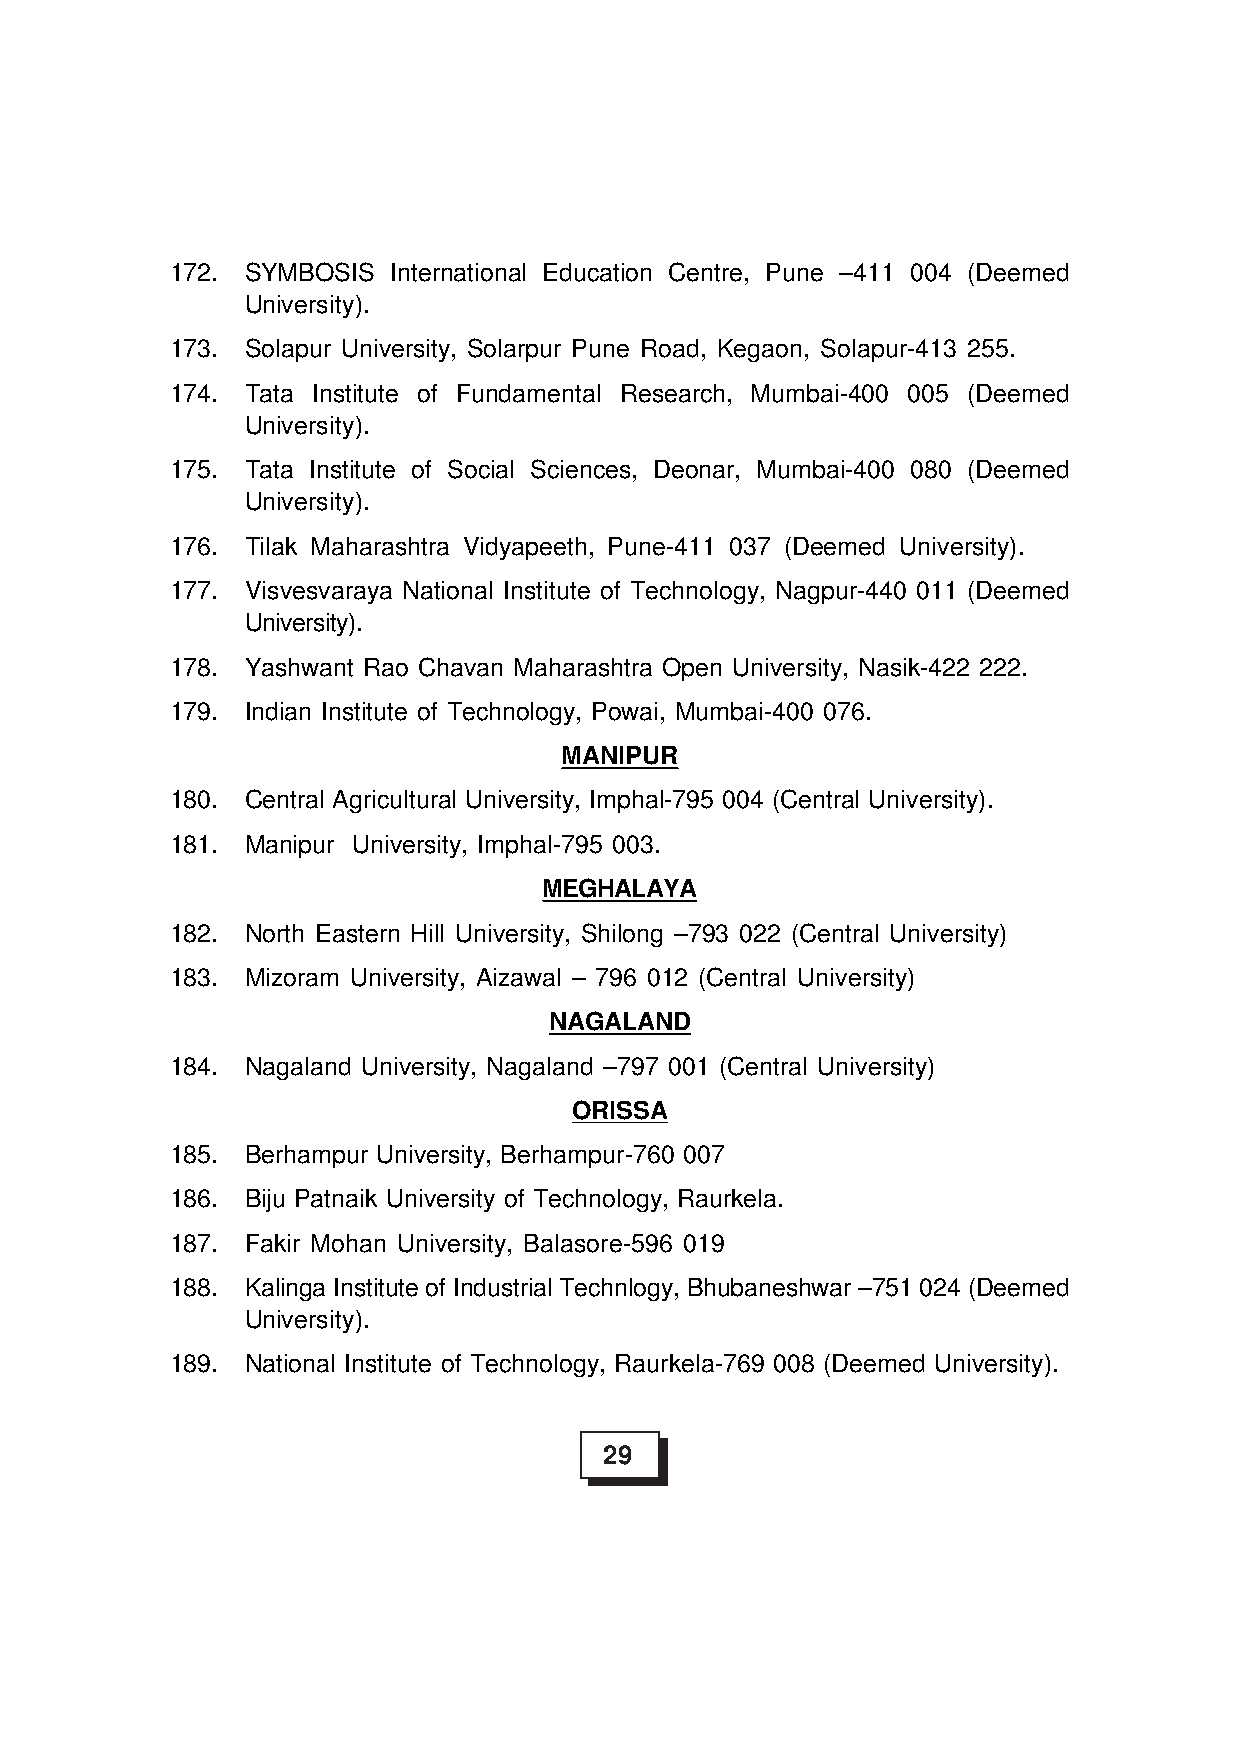
172. SYMBOSIS  International Education Centre, Pune –411 004 (Deemed
 University).
 173. Solapur University, Solarpur Pune Road, Kegaon, Solapur-413 255.
 174. Tata Institute of Fundamental Research, Mumbai-400 005 (Deemed
 University).
 175. Tata Institute of Social Sciences, Deonar, Mumbai-400 080 (Deemed
 University).
 176. Tilak Maharashtra Vidyapeeth, Pune-411 037 (Deemed University).
 177. Visvesvaraya National Institute of Technology, Nagpur-440 011 (Deemed
 University).
 178. Yashwant Rao Chavan Maharashtra Open University, Nasik-422 222.
 179. Indian Institute of Technology, Powai, Mumbai-400 076.
 MANIPUR
 180. Central Agricultural University, Imphal-795 004 (Central University).
 181. Manipur University, Imphal-795 003.
 MEGHALAYA
 182. North Eastern Hill University, Shilong –793 022 (Central University)
 183. Mizoram University, Aizawal – 796 012 (Central University)
 NAGALAND
 184. Nagaland University, Nagaland –797 001 (Central University)
 ORISSA
 185. Berhampur University, Berhampur-760 007
 186. Biju Patnaik University of Technology, Raurkela.
 187. Fakir Mohan University, Balasore-596 019
 188. Kalinga Institute of Industrial Technlogy, Bhubaneshwar –751 024 (Deemed
 University).
 189. National Institute of Technology, Raurkela-769 008 (Deemed University).
 29